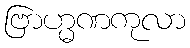
ဗြာဟ္မဏကုလာ